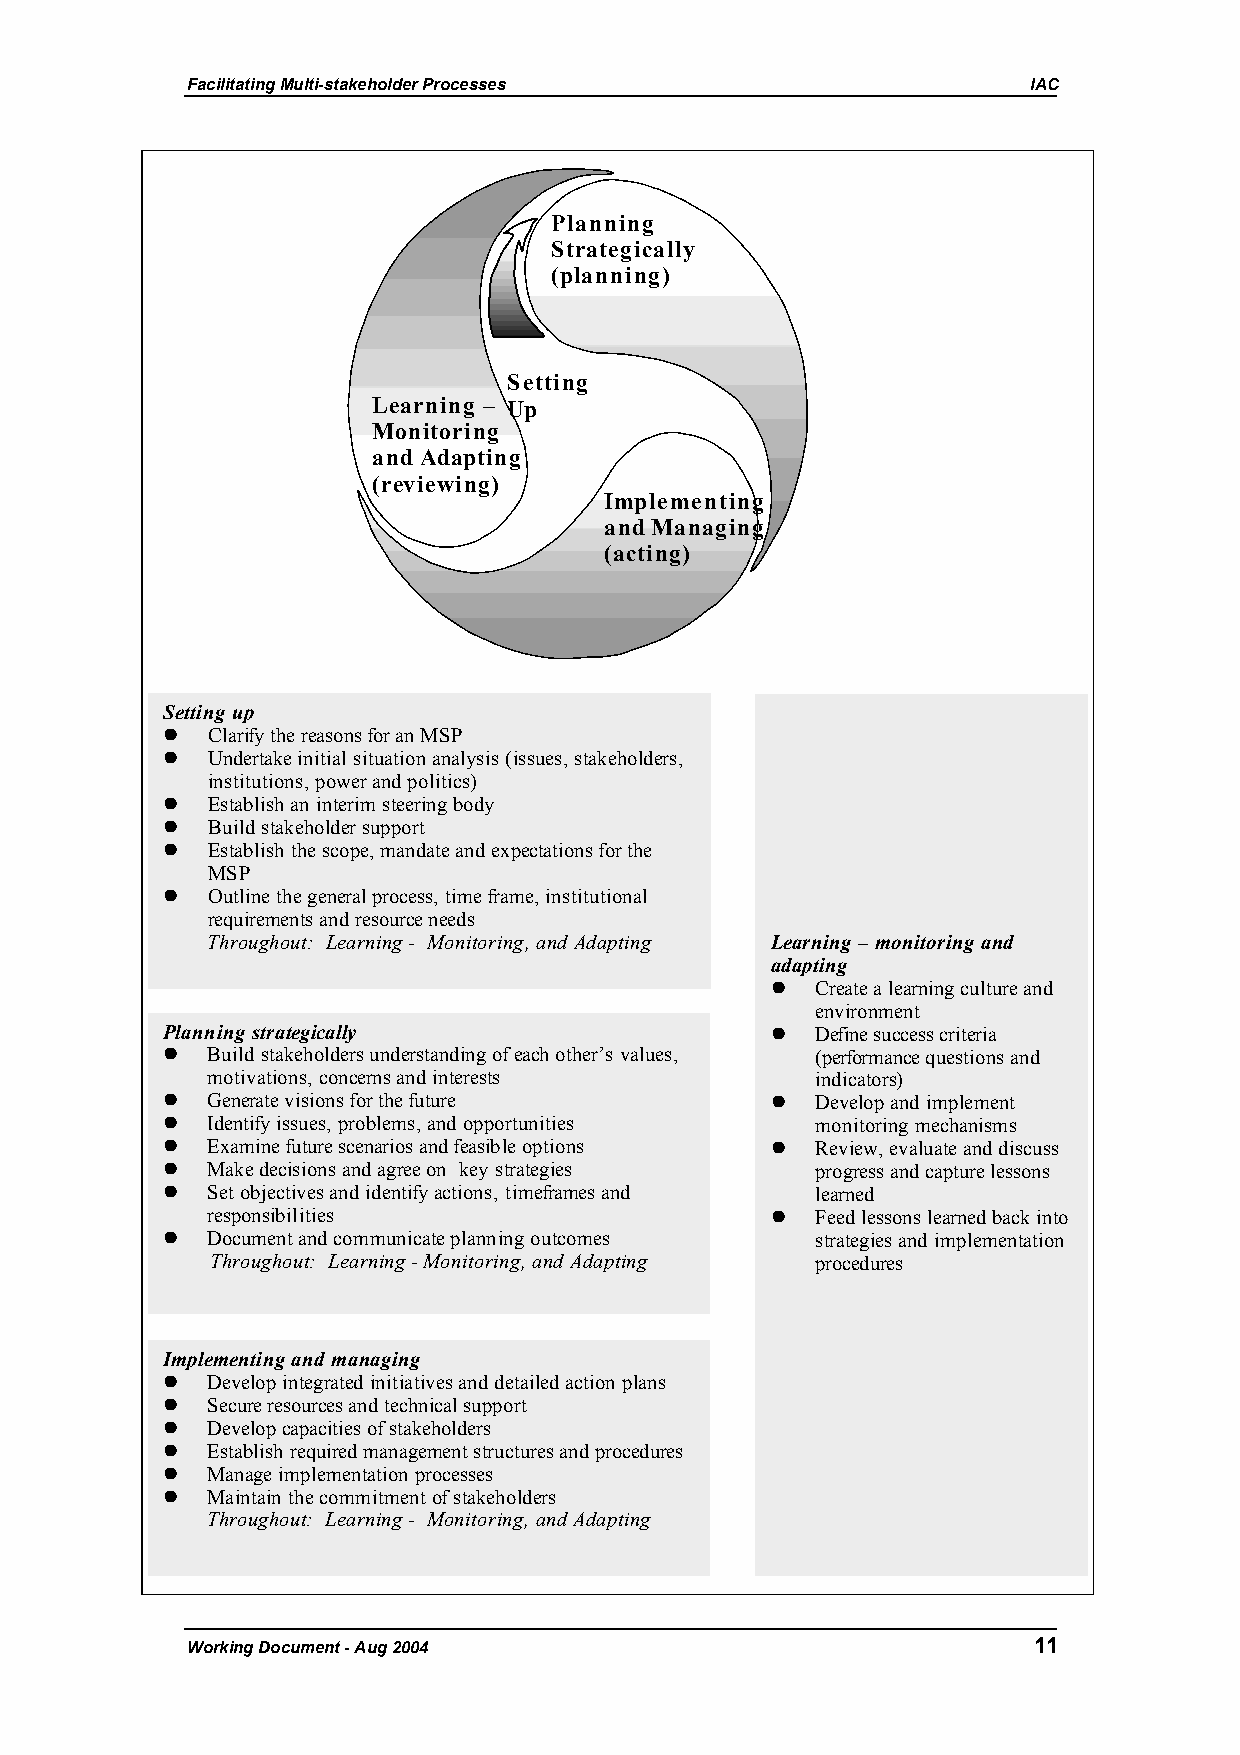
Facilitating Multi-stakeholder Processes                IAC
 Planning
 Strategically
 (planning)
 Setting
 Learning – Up
 Monitoring
 and Adapting
 (reviewing)
 Implementing
 and Managing
 (acting)
 Setting up
   Clarify the reasons for an MSP
   Undertake initial situation analysis (issues, stakeholders,
 institutions, power and politics)
   Establish an interim steering body
   Build stakeholder support
   Establish the scope, mandate and expectations for the
 MSP
   Outline the general process, time frame, institutional
 requirements and resource needs
 Throughout: Learning - Monitoring, and Adapting Learning – monitoring and
 adapting
   Create a learning culture and
 environment
 Planning strategically                    Define success criteria
   Build stakeholders understanding of each other’s values, (performance questions and
 motivations, concerns and interests     indicators)
   Generate visions for the future        Develop and implement
   Identify issues, problems, and opportunities monitoring mechanisms
   Examine future scenarios and feasible options  Review, evaluate and discuss
   Make decisions and agree on key strategies progress and capture lessons
   Set objectives and identify actions, timeframes and learned
 responsibilities                       Feed lessons learned back into
   Document and communicate planning outcomes strategies and implementation
 Throughout: Learning - Monitoring, and Adapting procedures
 Implementing and managing
   Develop integrated initiatives and detailed action plans
   Secure resources and technical support
   Develop capacities of stakeholders
   Establish required management structures and procedures
   Manage implementation processes
   Maintain the commitment of stakeholders
 Throughout: Learning - Monitoring, and Adapting
 Working Document - Aug 2004                             11